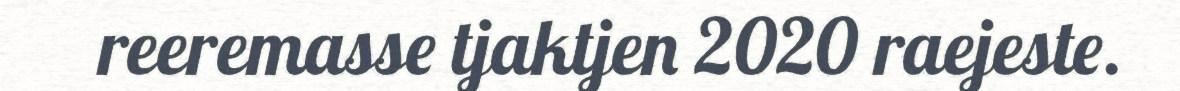
reeremasse tjaktjen 2020 raejeste.